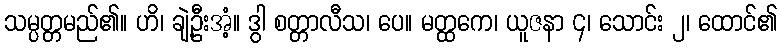
သမ္ပတ္တမည်၏။ ဟိ၊ ချဲ့ဦးအံ့။ ဒွါ စတ္တာလီသ၊ ပေ။ မတ္ထကေ၊ ယူဇနာ ၄၊ သောင်း ၂၊ ထောင်၏